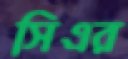
সিএর